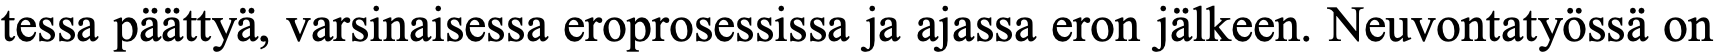
tessa päättyä, varsinaisessa eroprosessissa ja ajassa eron jälkeen. Neuvontatyössä on